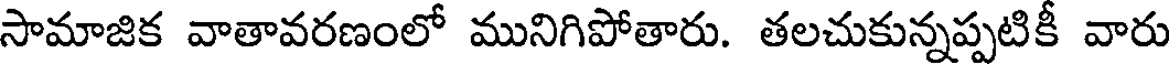
సామాజిక వాతావరణంలో మునిగిపోతారు. తలచుకున్నప్పటికీ వారు